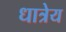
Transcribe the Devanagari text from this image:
धात्रेय